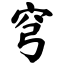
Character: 穹